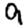
Digit: 9